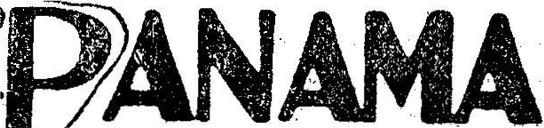
PANAMA